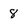
Character: 8